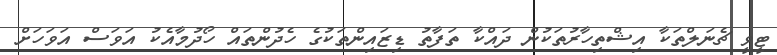
ޓީވީ ޗެނަލްތަކާ އިޝްތިހާރުތަކުން ދައްކާ ތަފާތު ޑިޒައިންތަކުގެ ހެދުންތައް ހޯދުމާއެކު އަވަސް އަވަހަށް